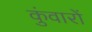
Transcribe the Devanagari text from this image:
कुंवारों